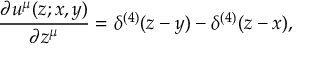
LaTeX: \frac { \partial u ^ { \mu } ( z ; x , y ) } { \partial z ^ { \mu } } = \delta ^ { ( 4 ) } ( z - y ) - \delta ^ { ( 4 ) } ( z - x ) ,